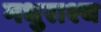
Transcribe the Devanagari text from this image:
मधुराश्च